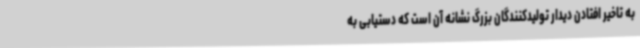
به تاخیر افتادن دیدار تولیدکنندگان بزرگ نشانه آن است که دستیابی به